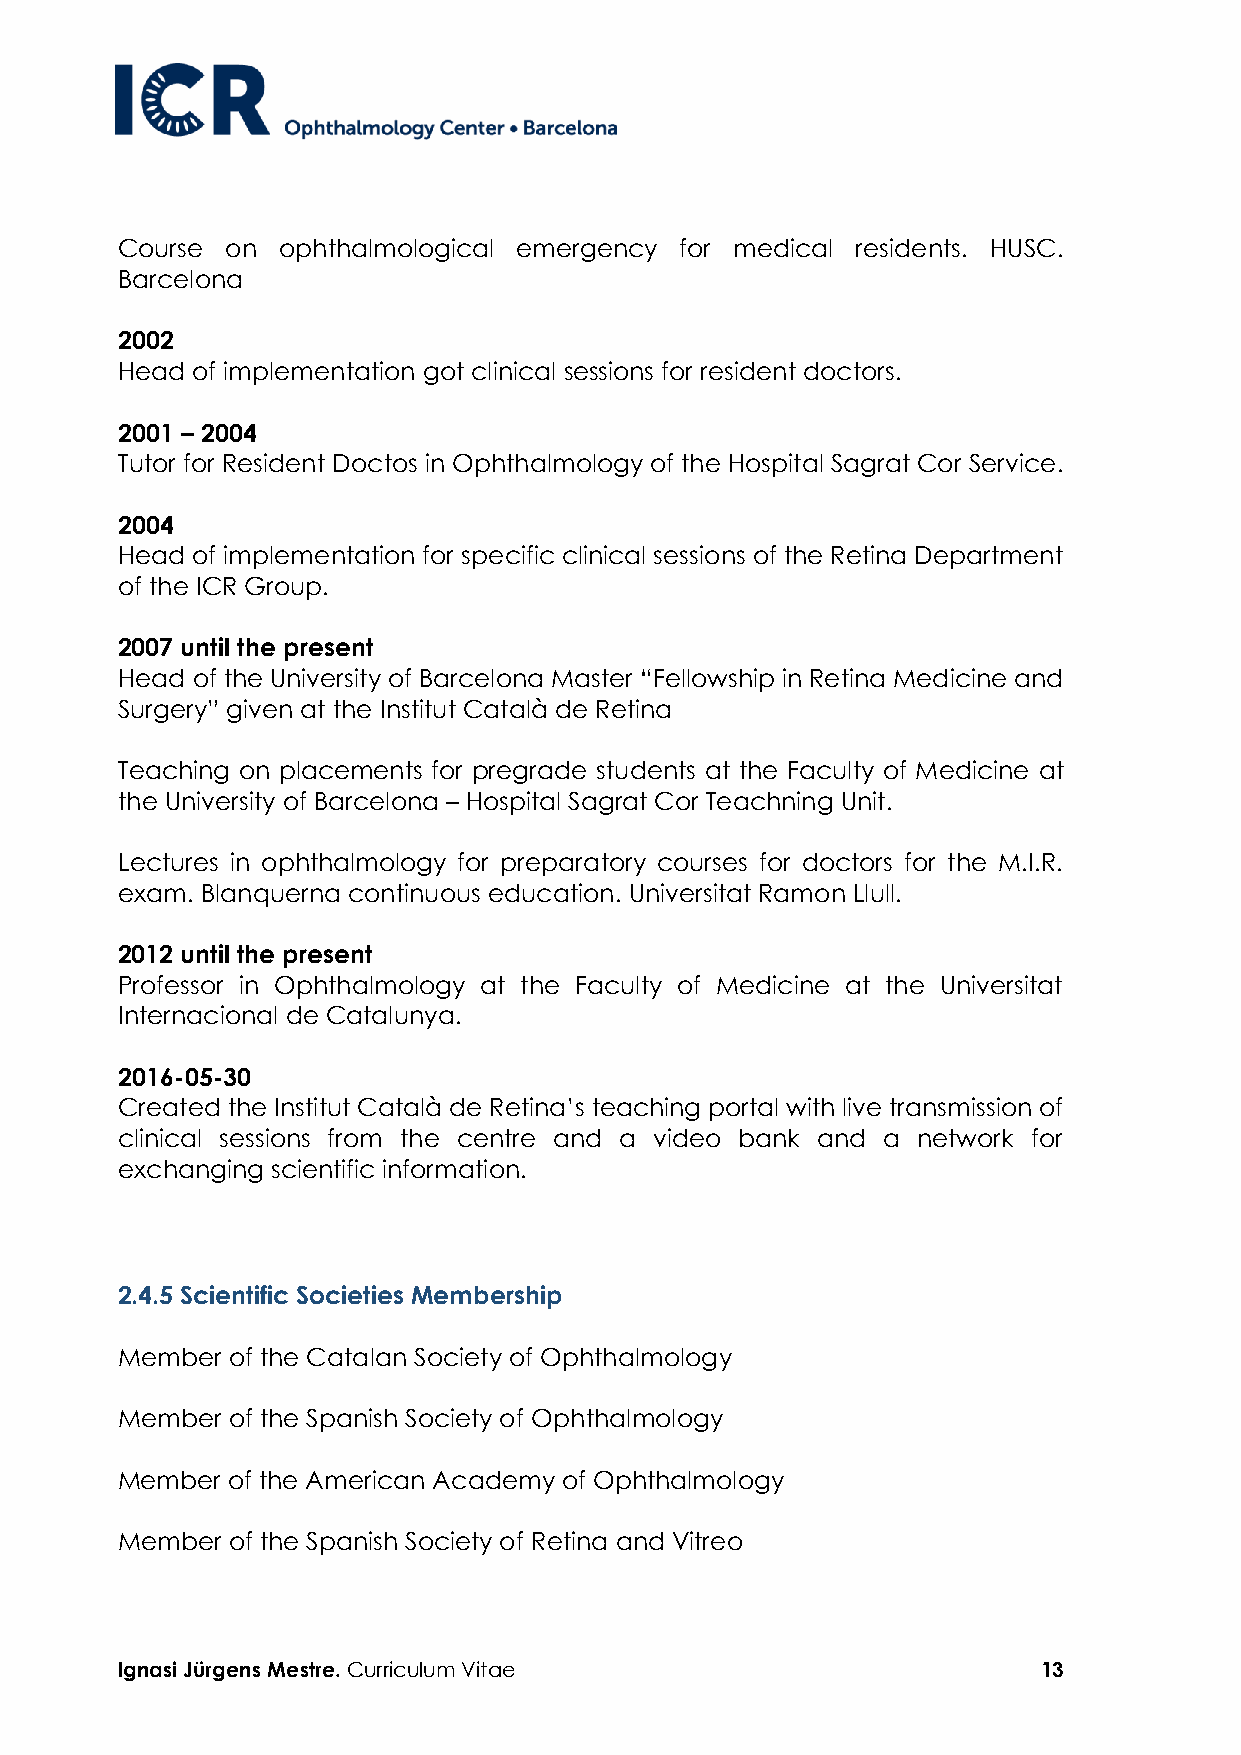
Course on ophthalmological emergency for medical residents. HUSC.
 Barcelona
 2002
 Head of implementation got clinical sessions for resident doctors.
 2001 – 2004
 Tutor for Resident Doctos in Ophthalmology of the Hospital Sagrat Cor Service.
 2004
 Head of implementation for specific clinical sessions of the Retina Department
 of the ICR Group.
 2007 until the present
 Head of the University of Barcelona Master “Fellowship in Retina Medicine and
 Surgery” given at the Institut Català de Retina
 Teaching on placements for pregrade students at the Faculty of Medicine at
 the University of Barcelona – Hospital Sagrat Cor Teachning Unit.
 Lectures in ophthalmology for preparatory courses for doctors for the M.I.R.
 exam. Blanquerna continuous education. Universitat Ramon Llull.
 2012 until the present
 Professor in Ophthalmology at the Faculty of Medicine at the Universitat
 Internacional de Catalunya.
 2016-05-30
 Created the Institut Català de Retina’s teaching portal with live transmission of
 clinical sessions from the centre and a video bank and a network for
 exchanging scientific information.
 2.4.5 Scientific Societies Membership
 Member of the Catalan Society of Ophthalmology
 Member of the Spanish Society of Ophthalmology
 Member of the American Academy of Ophthalmology
 Member of the Spanish Society of Retina and Vitreo
 Ignasi Jürgens Mestre. Curriculum Vitae                      13